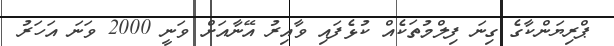
ޕްރިޔަންކާގެ ގިނަ ފިލްމުތަކެއް ކުޅެފައި ވާއިރު އޭނާއަށް ވަނީ 2000 ވަނަ އަހަރު